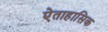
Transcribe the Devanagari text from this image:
ऐताहासिक